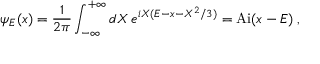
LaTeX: \psi _ { E } ( x ) = \frac { 1 } { 2 \pi } \int _ { - \infty } ^ { + \infty } d X \, e ^ { i X ( E - x - X ^ { 2 } / 3 ) } = \mathrm { A i } ( x - E ) \; ,